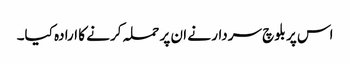
اس پر بلوچ سردار نے ان پر حملہ کرنے کا ارادہ کیا۔